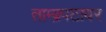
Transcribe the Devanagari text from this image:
ताम्ब्रपटावर